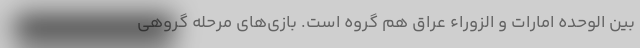
بین الوحده امارات و الزوراء عراق هم گروه است. بازی‌های مرحله گروهی